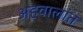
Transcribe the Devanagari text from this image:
अहवालांत